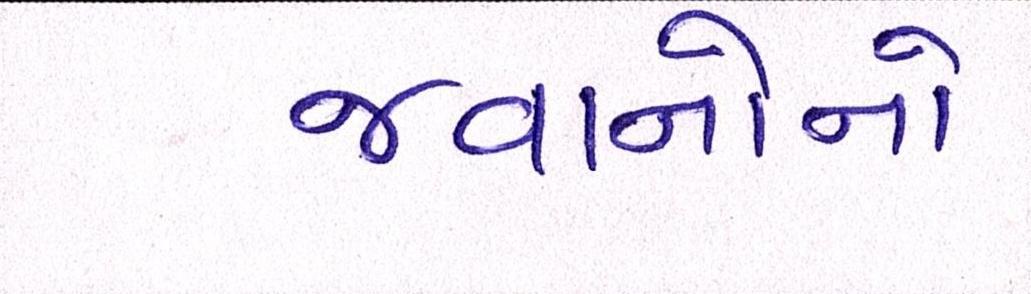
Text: જવાનોનો